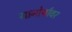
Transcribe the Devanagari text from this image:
गानोर्यावर